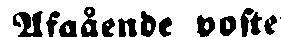
Afgående poste